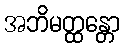
အဘိမတ္ထန္တော